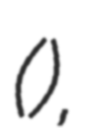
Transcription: (柳載),